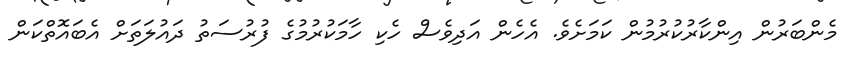
މެންބަރުން އިންކާރުކުރުމުން ކަމަށެވެ. އެހެން އަދިވެސް ހެކި ހާމަކުރުމުގެ ފުރުސަތު ދައުލަތަށް އެބައޮތްކަން